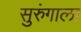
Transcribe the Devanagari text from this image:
सुरुंगाला